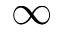
\infty